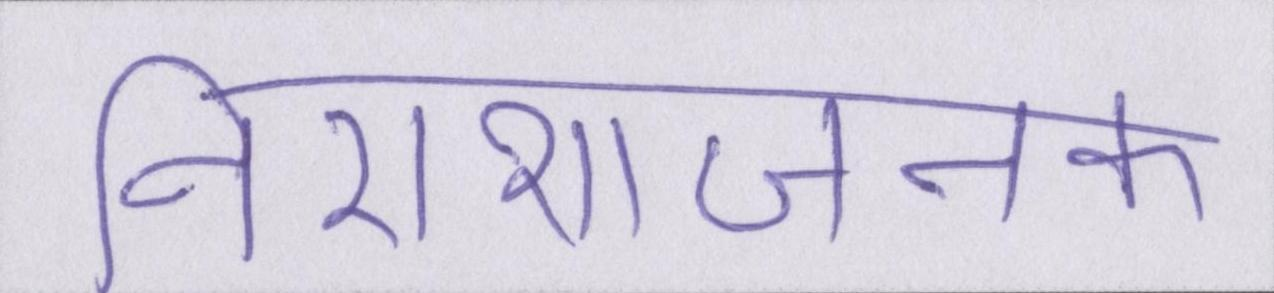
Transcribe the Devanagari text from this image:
निराशाजनक